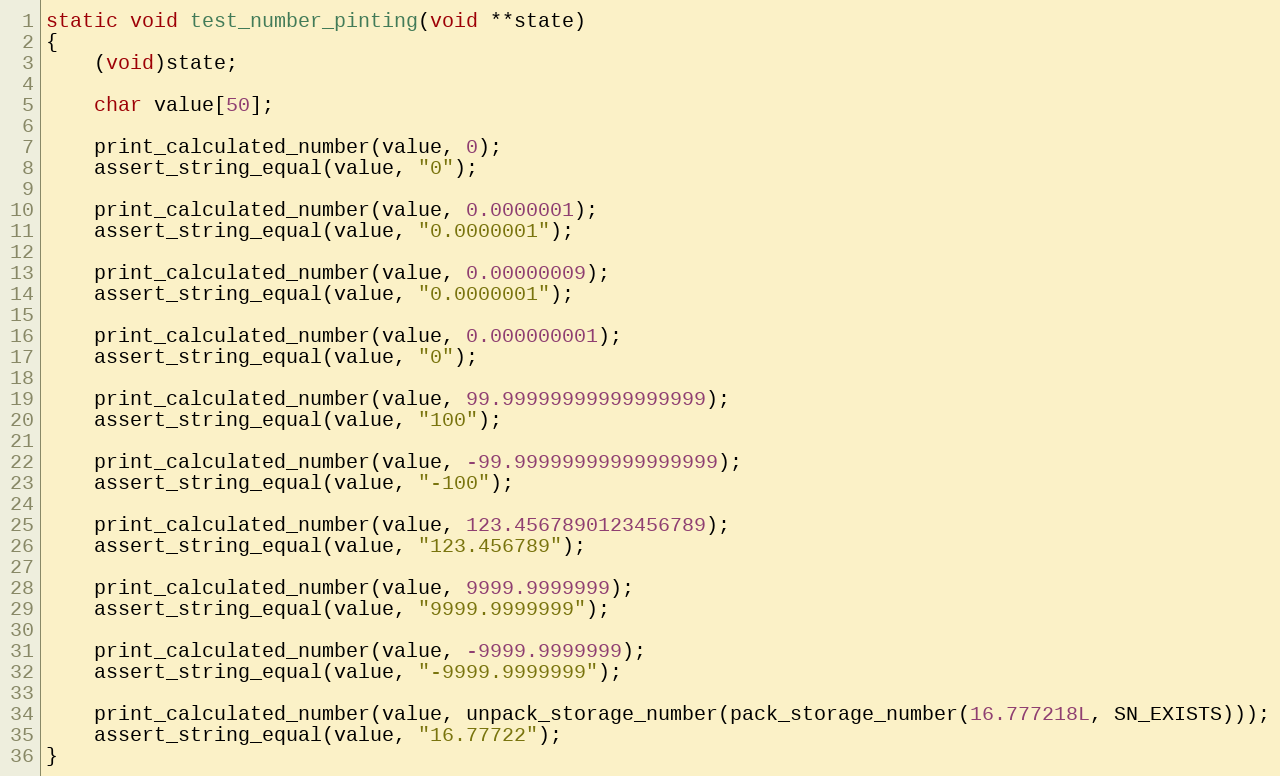
Language: C
static void test_number_pinting(void **state)
{
    (void)state;

    char value[50];

    print_calculated_number(value, 0);
    assert_string_equal(value, "0");

    print_calculated_number(value, 0.0000001);
    assert_string_equal(value, "0.0000001");

    print_calculated_number(value, 0.00000009);
    assert_string_equal(value, "0.0000001");

    print_calculated_number(value, 0.000000001);
    assert_string_equal(value, "0");

    print_calculated_number(value, 99.99999999999999999);
    assert_string_equal(value, "100");

    print_calculated_number(value, -99.99999999999999999);
    assert_string_equal(value, "-100");

    print_calculated_number(value, 123.4567890123456789);
    assert_string_equal(value, "123.456789");

    print_calculated_number(value, 9999.9999999);
    assert_string_equal(value, "9999.9999999");

    print_calculated_number(value, -9999.9999999);
    assert_string_equal(value, "-9999.9999999");

    print_calculated_number(value, unpack_storage_number(pack_storage_number(16.777218L, SN_EXISTS)));
    assert_string_equal(value, "16.77722");
}